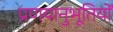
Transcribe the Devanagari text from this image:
प्रणयानुभूतियों